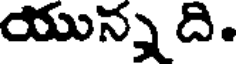
యున్న ది.